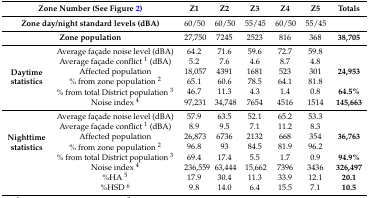
| <COLSPAN=2> Zone Number (See Figure 2) | Z1 | Z2 | Z3 | Z4 | Z5 | Totals |
 | --- | --- | --- | --- | --- | --- | --- | --- |
 | <COLSPAN=2> Zone day/night standard levels (dBA) | 60/50 | 60/50 | 55/45 | 60/50 | 55/45 |  |
 | <COLSPAN=2> Zone population | 27,750 | 7245 | 2523 | 816 | 368 | 38,705 |
 | <ROWSPAN=6> Daytime statistics | Average façade noise level (dBA) | 64.2 | 71.6 | 59.6 | 72.7 | 59.8 |  |
 | Average façade conflict 1 (dBA) | 5.2 | 7.6 | 4.6 | 8.7 | 4.8 |  |
 | Affected population | 18,057 | 4391 | 1681 | 523 | 301 | 24,953 |
 | % from zone population 2 | 65.1 | 60.6 | 78.5 | 64.1 | 81.8 |  |
 | % from total District population 3 | 46.7 | 11.3 | 4.3 | 1.4 | 0.8 | 64.5% |
 | Noise index 4 | 97,231 | 34,748 | 7654 | 4516 | 1514 | 145,663 |
 | <ROWSPAN=6> Nighttime statistics | Average façade noise level (dBA) | 57.9 | 63.5 | 52.1 | 65.2 | 53.3 |  |
 | Average façade conflict 1 (dBA) | 8.9 | 9.5 | 7.1 | 11.2 | 8.3 |  |
 | Affected population | 26,873 | 6736 | 2132 | 668 | 354 | 36,763 |
 | % from zone population 2 | 96.8 | 93 | 84.5 | 81.9 | 96.2 |  |
 | % from total District population 3 | 69.4 | 17.4 | 5.5 | 1.7 | 0.9 | 94.9% |
 | Noise index 4 | 236,559 | 63,444 | 15,662 | 7396 | 3436 | 326,497 |
 |  | %HA 5 | 17.9 | 30.4 | 11.3 | 33.9 | 12.1 | 20.1 |
 |  | %HSD 6 | 9.8 | 14.0 | 6.4 | 15.5 | 7.1 | 10.5 |